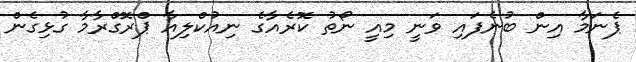
ޕެނަމާ އިން ބުނެފައި ވަނީ މިއީ ނޯތު ކޮރެއާގެ ނިއުކްލިއާ ޕްރޮގްރާމާ ގުޅިގެން